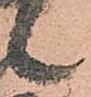
候